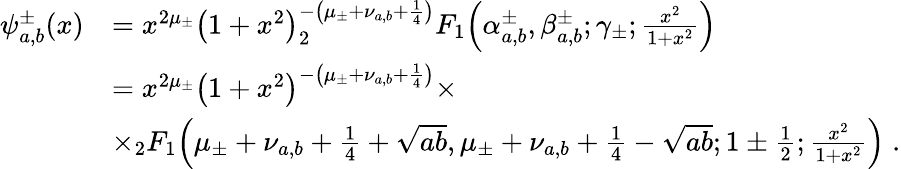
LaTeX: \begin{array}{rl}{\psi_{a,b}^{\pm}(x)}&{=x^{2\mu_{\pm}}{\left(1+x^{2}\right)}^{-\left(\mu_{\pm}+\nu_{a,b}+\frac{1}{4}\right)}_{2}F_{1}\! \left(\alpha_{a,b}^{\pm},\beta_{a,b}^{\pm};\gamma_{\pm};\frac{x^{2}}{1+x^{2}}\right)}\\ &{=x^{2\mu_{\pm}}{\left(1+x^{2}\right)}^{-\left(\mu_{\pm}+\nu_{a,b}+\frac{1}{4}\right)}\times}\\ &{\times_{2}F_{1}\! \left(\mu_{\pm}+\nu_{a,b}+\frac{1}{4}+\sqrt{ab},\mu_{\pm}+\nu_{a,b}+\frac{1}{4}-\sqrt{ab};1\pm\frac{1}{2};\frac{x^{2}}{1+x^{2}}\right)\; .}\end{array}